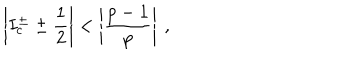
\left| I _ { c } ^ { \pm } \pm \displaystyle \frac { 1 } { 2 } \right| < \left| \displaystyle \frac { p - 1 } { p } \right| \: ,